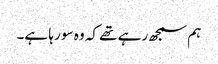
ہم سمجھ رہے تھے کہ وہ سو رہا ہے۔